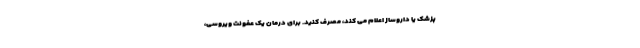
پزشک یا داروساز اعلام می کند، مصرف کنید. برای درمان یک عفونت ویروسی،